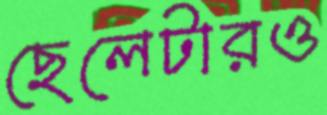
ছেলেটারও